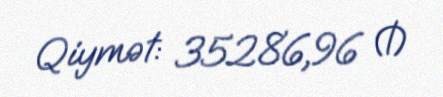
Qiymət: 35286,96 ₼